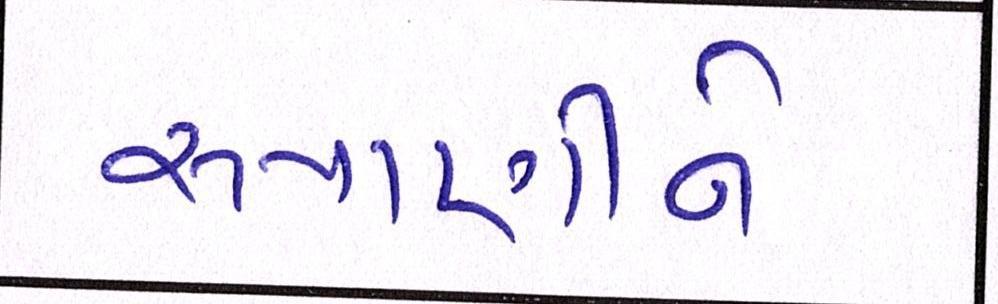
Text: રૂપાણીને